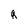
Character: q